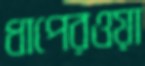
ধাপেরওয়া